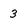
Character: 3